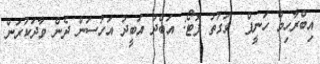
އިބްރާހިމް ހަނީފް  ވަގުތު ފޮޓޯ: އަބްދު އަބީދު އަހުސަން ދެން ވާދަކުރަން